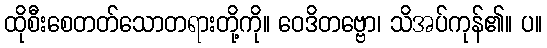
ထိုစီးစေတတ်သောတရားတို့ကို။ ဝေဒိတဗ္ဗော၊ သိအပ်ကုန်၏။ ပ။